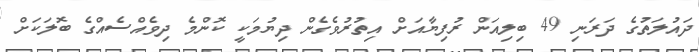
ދައުލަތުގެ ދަރަނި 49 ބިލިއަން ރުފިޔާއަށް އިތުރުވެގެން ދިޔުމަކީ ކޮންމެ ދިވެއްސެއްގެ ބޮލަކަށް